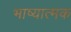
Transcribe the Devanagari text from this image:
भाष्यात्मक